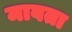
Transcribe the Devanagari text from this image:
मावता